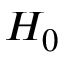
H _ { 0 }